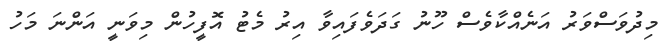
މިދުވަސްވަރު އަނެއްކާވެސް ހޫނު ގަދަވެފައިވާ އިރު މެޓު އޮފީހުން މިވަނީ އަންނަ މަހު